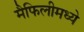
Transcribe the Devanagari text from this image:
मैफिलीमध्ये